Cholera in India, 1862 to 1881
Year: 1862
Disease focus: Cholera
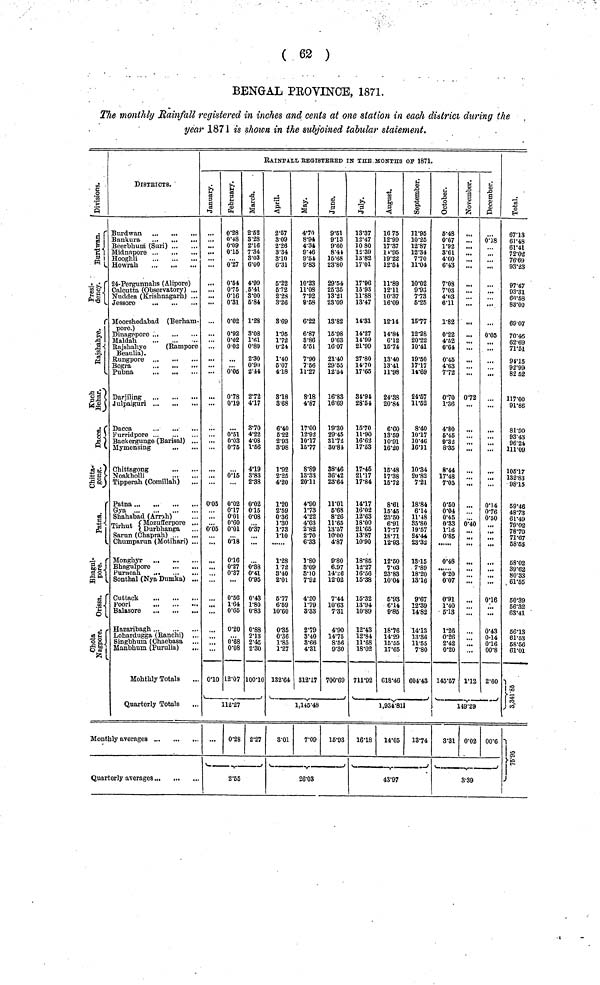
( 62 )
BENGAL PROVINOE, 1871.
The monthly Rainfall registered in inches and cents at one station in each district during the
year 1871 is shown in the subjoined tabular statement.
Division
Burdwan.
Presidency
Rajshahye
Kuch Behar
Dacca
Chitta gong
Patna
Bhagulpore
Orrisa
Other nagpure
DISTRICTS.
Beerbhum (Suri)
Hooghli
24-Pergunnahs (Alipore)
Calcutta (Observatory) ...
Nuddea (Krishnagarh) ...
Jessore
Moorshedabad (Berham-
Dinngepore
Rajshahye
(Rampore
Beanlia) .
Pubana
Julpaiguri .,
Furridpore
Backergunge (Barisal) ...
Mymensing
Noakholli
Tipperah. (Comillah)
Patna
Gya
Shahabad (Arrah)
Tirhut(Muzufferpore) ...
Tirhut (Durbhanga) ...
Sarun (Chaprah)
Chumparun (Motihari) ...
Monghyr
Bhagulpore
Purneah.
Sonthal (Nya Dumka)
Cuttack
poori
Balasore
Hazaribagh
Lohardugga (Ranchi)
Singbhuin (Chaebasa ..
Manblium (Purulia)
.,
Monthlly Totals
Quarterly Totals
Quarterly averages ...
RAINFALL REGISTEReD IN THE MONTHS oF 1871.
January
...
,,.
...
...
...
...
...
0'05
0·05
...
...
...
0·10
february
0·28
0·48
0·09
0·15
0·27
0·54
0·75
0·16
0·31
0·02
0·92
0·02
0·02
0·06
0·78
0·19
0·51
0·03
075
0·15
0·02
0·17
0·01
0·60
0·01
0·18
016
0·27
0·37
...
0·56
1·64
0·65
0·20
0·68
0·08
12·07
March
2·52
3·28
2·16
7·34
3·03
6·00
4·99
5·4l
3·00
5·84
1·28
3·08
1·61
0·89
2·30
0·90)
2·44
2·72
4·17
3·70
4·22
4·08
1·56
4·19
3·83
2·38
0·02
0 15
0·08
0·37
...
0·38
0·41
0·95
0·43
1·80
0·83
0·88
2·13
2·45
2·30
100·10
112·27
0·28 2·27
2·55
April
2·57
3·09
2·26
3·34
8·10
6·31
5·22
5·72
2·28
3·26
3·69
1·95
1·72
0·24
1·40
5·07
418
3·18
3·68
6·40
5·22
2·93
3·98
1·92
2·25
4·20
1·20
2·59
0·36
1·30
1·73
1·10
1·28
1 72
3·40
2·01
5·77
6·59
10·60
0·35
0·36
1·85
1·27
132·64
may
4·70
8·94
4·34
9·46
9·54
9·83
10·23
11·08
7·92
9·58
6·22
6·87
3·86
6·51
7·90
7·56
11·27
8·18
4·87
17·00
12·92
10·17
15·77
8·89
13·33
20·11
4·90
1·73
4·22
4·03
2·82
2·70
6·33
1·80
309
3·10
7·92
4·20
1·79
8·33
2·79
3·40
8·66
4·31
812·17
June
9·51
9·13
9·60
8·44
15·68
23·80
29·54
25·35
13·21
23·09
13·82
15·98
9·63
16 07
21·40
29·55
12·54
16·83
16·69
19·30
29·45
31·72
30·84
38·46
36·42
23·64
11·01
5·68
8·26
11·65
13·57
10·00
4·87
9·80
6.97
14·26
12·02
7·44
10·63
7·31
4·90
14·75
8·56
9·30
700·69
1,145·48
3·01
7·09
16·93
26·03
July
13·37
12·47
1080
12·39
13·82
17·01
17·96
15 93
11·88
13·47
14·31
14·27
14·99
21·99
27·80
14·70
17·65
34·94
28·54
15·70
11·90
16·62
17·53
17-45
21·17
17·84
14·17
16·02
12·63
18·00
21·65
13·87
10·90
18·85
12·27
16·56
15·38
15·32
13·94
10·89
12·43
12·84
11·68
18·02
711·92
August
16 75
12·99
17·37
/ill/95
19·22
12·54
11·89
12·11
10·37
16·09
12·14
14·84
6·12
15·74
13·40
13·41
11·98
24·38
20·84
6·60
13·59
10·91
16·20
15·48
17·38
15·72
8·61
l5·45
23·50
6·91
1777
18·71
12·93
12·50
7·03
23·83
10·04
6·93
6·14
9·85
18·76
14·29
15·55
17·65
618·46
Saptember
11·95
10·25
12·87
12·34
7·70
11·04
10·02
9·93
7·73
5·25
15·77
12·28
20·22
10·41
19·50
17·17
11·69
24·57
11·52
8·40
10·17
10·46
16·11
10·34
20·82
7·21
18·84
6·14
11·48
85·80
19·57
24·44
23·32
13·15
7·89
18·20
13·16
9·67
12·39
14·82
14·13
13·36
11·55
7·80
604·43
1,934·811
16·18
14·05 13·74
43·97
Octomber
5·48
0·67
1·92
3·61
4·60
6·43
7·08
7·03
4·03
6·11
1·82
0·22
4·52
0·64
0-45
4'63
7'72
070
1·36
4·80
5·45
9·32
8·35
8·44
17·348
7·05
0·50
0·04
0·45
0·33
1·16
0·85
0·48
0·20
0·07
0·91
1·40
6·18
1·26
0·26
2·42
0·20
145·67
November
...
...
...
...
...
...
...
...
...
...
...
...
0·72
...
...
...
...
...
0·40
...
...
...
1·12
December
0·18
...
...
...
...
...
...
0·05
...
...
...
...
...
...
0·14
0·76
0·50
...
...
0·16
...
0·43
0·14
016
00·8
2·60
149·29
3·31 0·02 00·6
3·39
Total
67·13
61·48
61·41
72·02
76·69
93·23
97·47
93·31
60·58
83·00
69·07
70·46
62·69
71·51
9115
92·399
82 52
117·00
91·86
81·90
93·43
96·24
111·09
105·17
132·83
98·15
59·46
48·73
61·49
79·02
78·70
71·67
58·53
68·02
39·62
80·33
61·55
50·39
66·32
63·41
66·13
61·53
68·56
61·01
3,341·85
75·95